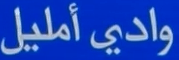
واديًأمليل